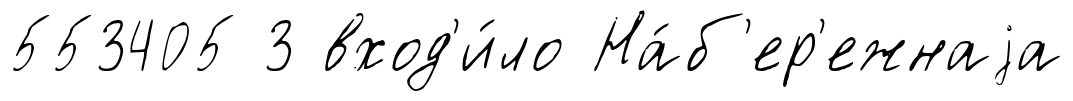
553405 3 вход'и́ло На́б'ер'ежнаjа